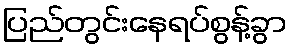
ပြည်တွင်းနေရပ်စွန့်ခွာ